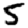
Digit: 5